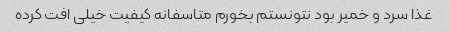
غذا سرد و خمیر بود نتونستم بخورم متاسفانه کیفیت خیلی افت کرده